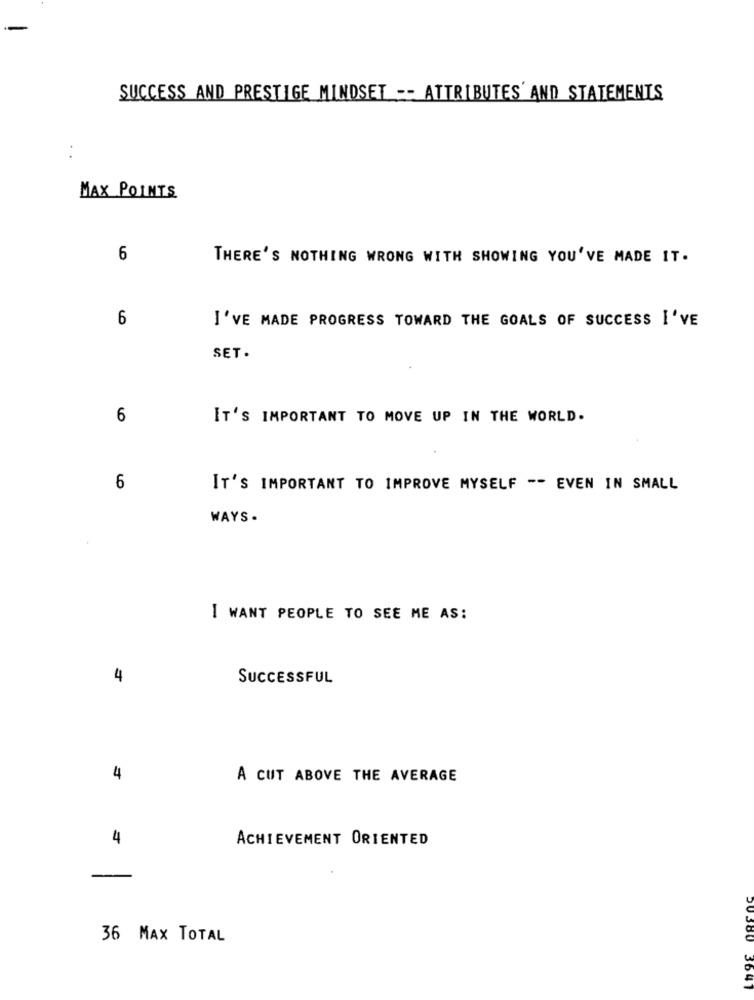
-
SUCCESS AND PRESTIGE MINDSET -- ATTRIBUTES' AND STATEMENTS
. .
MAX POINTS
6
THERE'S NOTHING WRONG WITH SHOWING YOU'VE MADE IT.
6
I'VE MADE PROGRESS TOWARD THE GOALS OF SUCCESS I'VE
SET.
6
IT'S IMPORTANT TO MOVE UP IN THE WORLD.
6
IT'S IMPORTANT TO IMPROVE MYSELF -- EVEN IN SMALL
WAYS .
I WANT PEOPLE TO SEE ME AS:
4
SUCCESSFUL
4
A CUT ABOVE THE AVERAGE
4
ACHIEVEMENT ORIENTED
---
36 MAX TOTAL
20380 3647